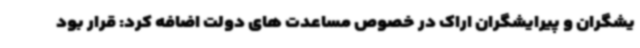
یشگران و پیرایشگران اراک در خصوص مساعدت های دولت اضافه کرد: قرار بود